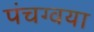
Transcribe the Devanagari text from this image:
पंचग्वया